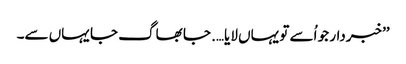
’’خبردار جو اُسے تو یہاں لایا…. جا بھاگ جا یہاں سے۔